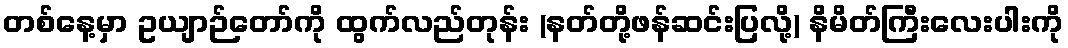
တစ်နေ့မှာ ဥယျာဉ်တော်ကို ထွက်လည်တုန်း (နတ်တို့ဖန်ဆင်းပြလို့) နိမိတ်ကြီးလေးပါးကို